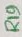
Text: R19